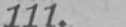
111.